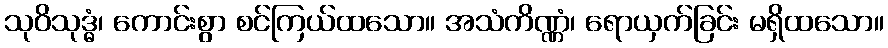
သုဝိသုဒ္ဓံ၊ ကောင်းစွာ စင်ကြယ်ထသော။ အသံကိဏ္ဏံ၊ ရောယှက်ခြင်း မရှိထသော။